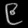
Digit: ၉